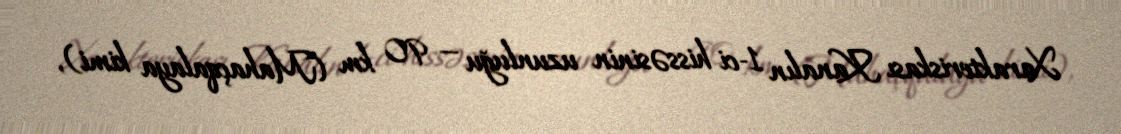
Xarakteriskası Kanalın 1-ci hissəsinin uzunluğu — 90 km (Mahaçqalaya kimi),